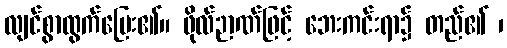
လျင်စွာထွက်ပြေး၏။ ဖိုလ်ဉာဏ်ဖြင့် ဘေးကင်းရာ၌ တည်၏ ၊